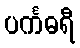
ပင်္ကဓရီ